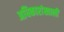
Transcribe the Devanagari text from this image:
अधिकारांखाली